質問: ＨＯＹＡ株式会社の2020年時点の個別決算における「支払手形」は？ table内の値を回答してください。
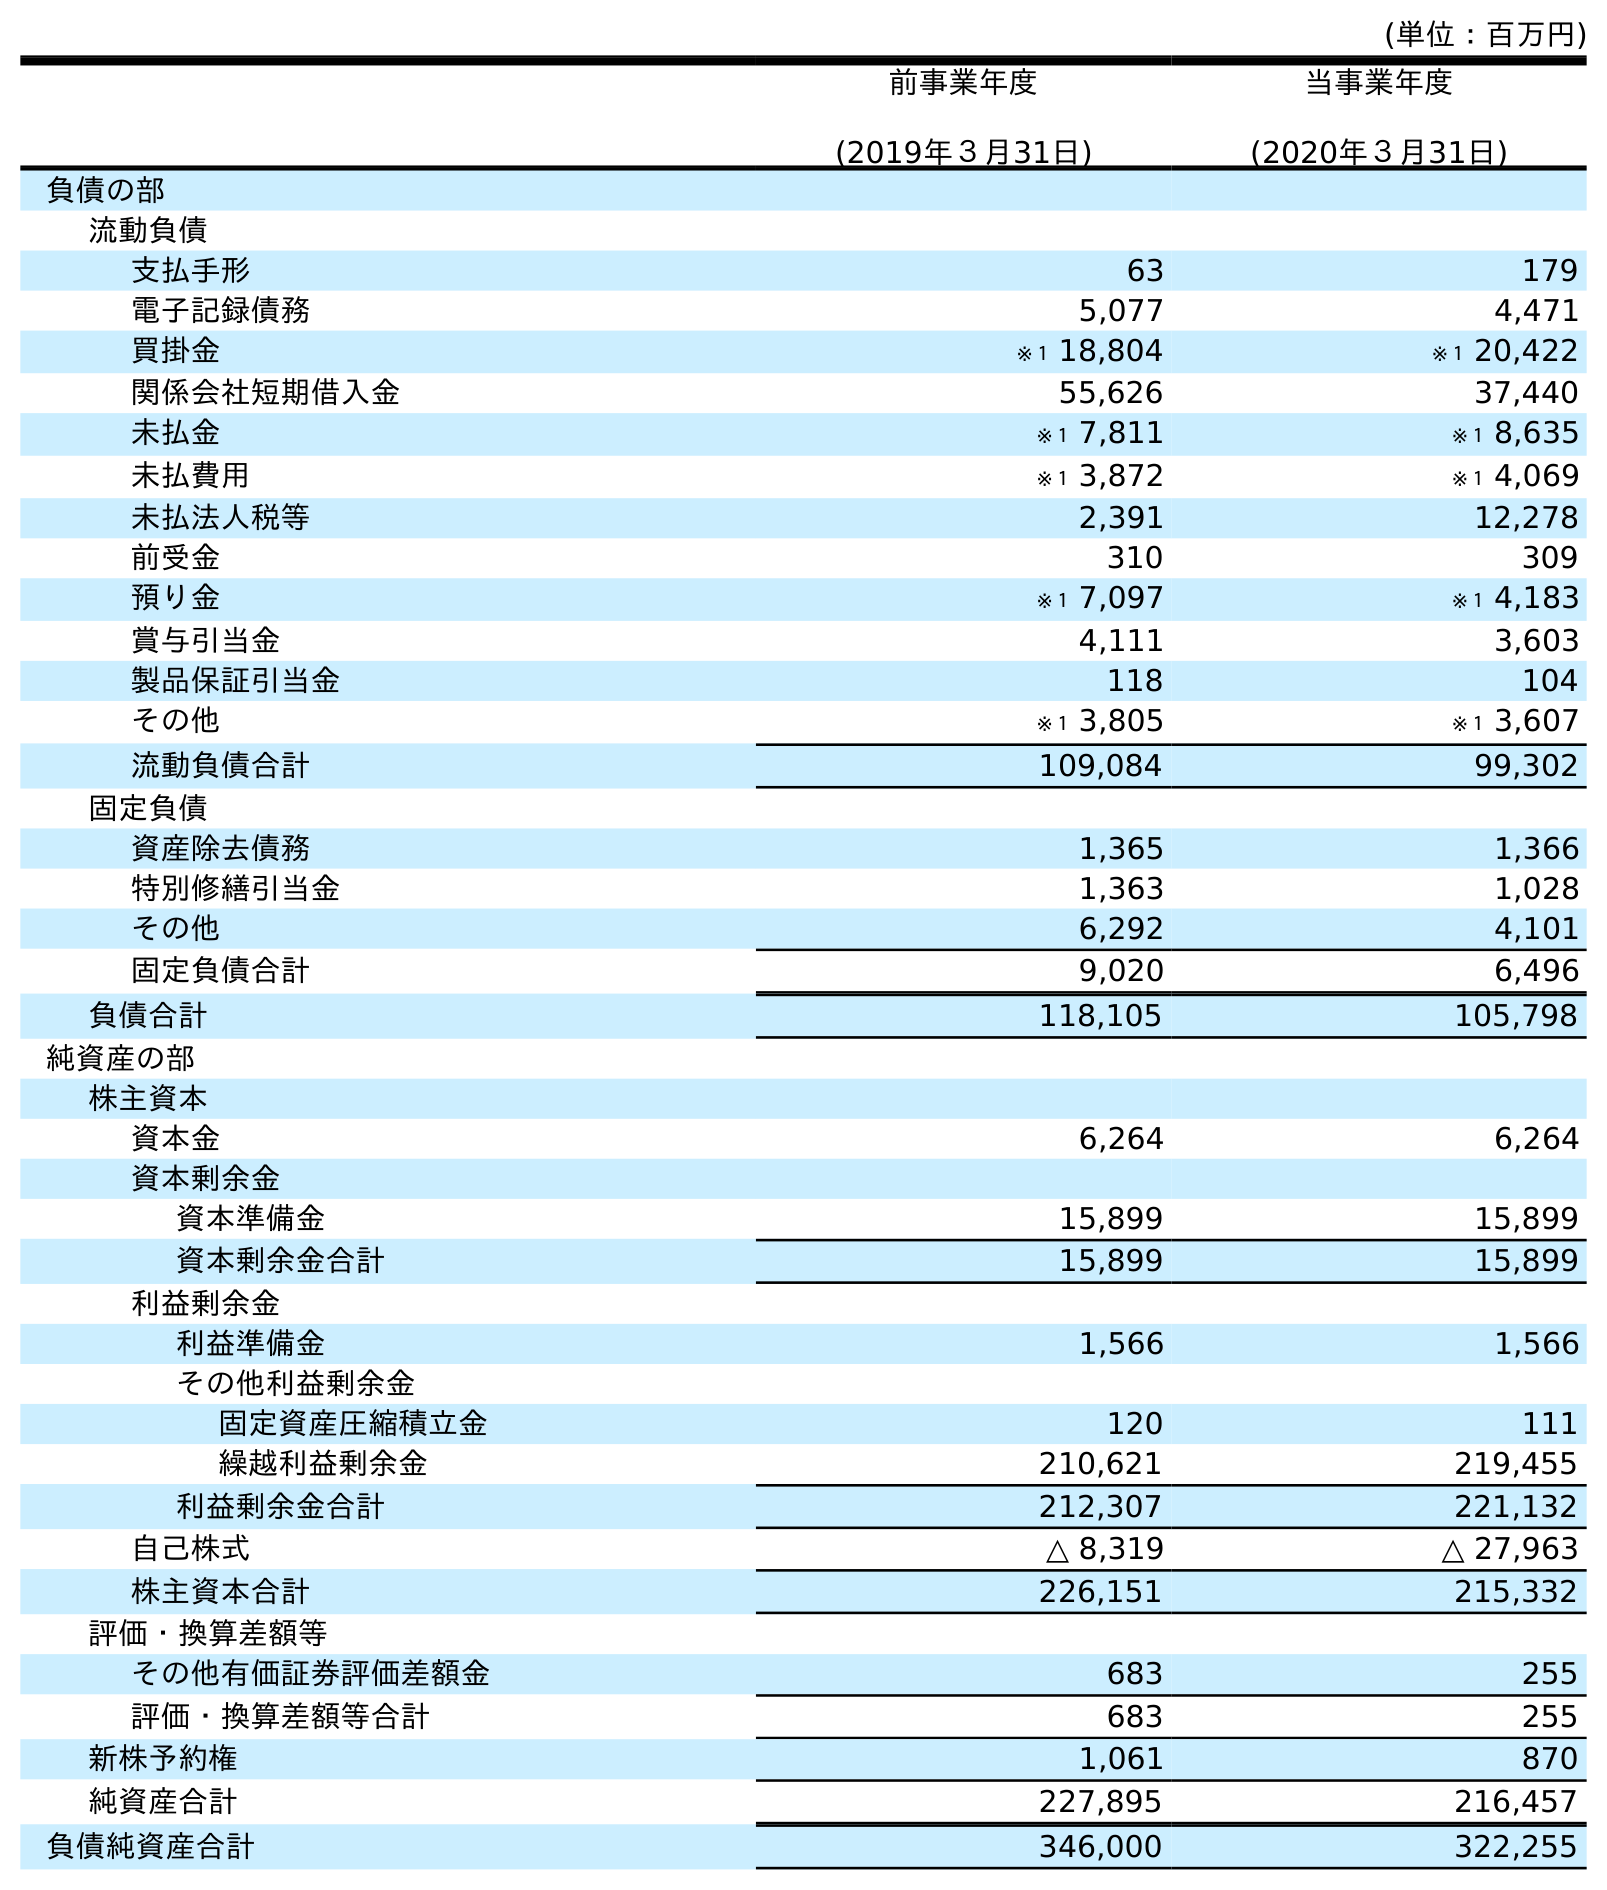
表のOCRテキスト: (単位：百万円) 前事業年度 (2019年３月31日) 当事業年度 (2020年３月31日) 負債の部 流動負債 支払手形 63 179 電子記録債務 5,077 4,471 買掛金 ※１ 18,804 ※１ 20,422 関係会社短期借入金 55,626 37,440 未払金 ※１ 7,811 ※１ 8,635 未払費用 ※１ 3,872 ※１ 4,069 未払法人税等 2,391 12,278 前受金 310 309 預り金 ※１ 7,097 ※１ 4,183 賞与引当金 4,111 3,603 製品保証引当金 118 104 その他 ※１ 3,805 ※１ 3,607 流動負債合計 109,084 99,302 固定負債 資産除去債務 1,365 1,366 特別修繕引当金 1,363 1,028 その他 6,292 4,101 固定負債合計 9,020 6,496 負債合計 118,105 105,798 純資産の部 株主資本 資本金 6,264 6,264 資本剰余金 資本準備金 15,899 15,899 資本剰余金合計 15,899 15,899 利益剰余金 利益準備金 1,566 1,566 その他利益剰余金 固定資産圧縮積立金 120 111 繰越利益剰余金 210,621 219,455 利益剰余金合計 212,307 221,132 自己株式 △ 8,319 △ 27,963 株主資本合計 226,151 215,332 評価・換算差額等 その他有価証券評価差額金 683 255 評価・換算差額等合計 683 255 新株予約権 1,061 870 純資産合計 227,895 216,457 負債純資産合計 346,000 322,255
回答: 179